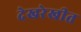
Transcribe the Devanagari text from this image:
देखरेखीत